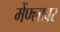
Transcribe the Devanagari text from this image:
मेंफ्लावर